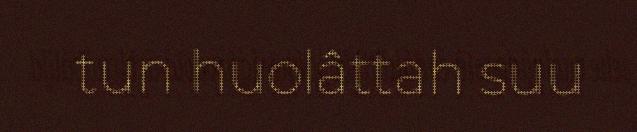
tun huolâttah suu